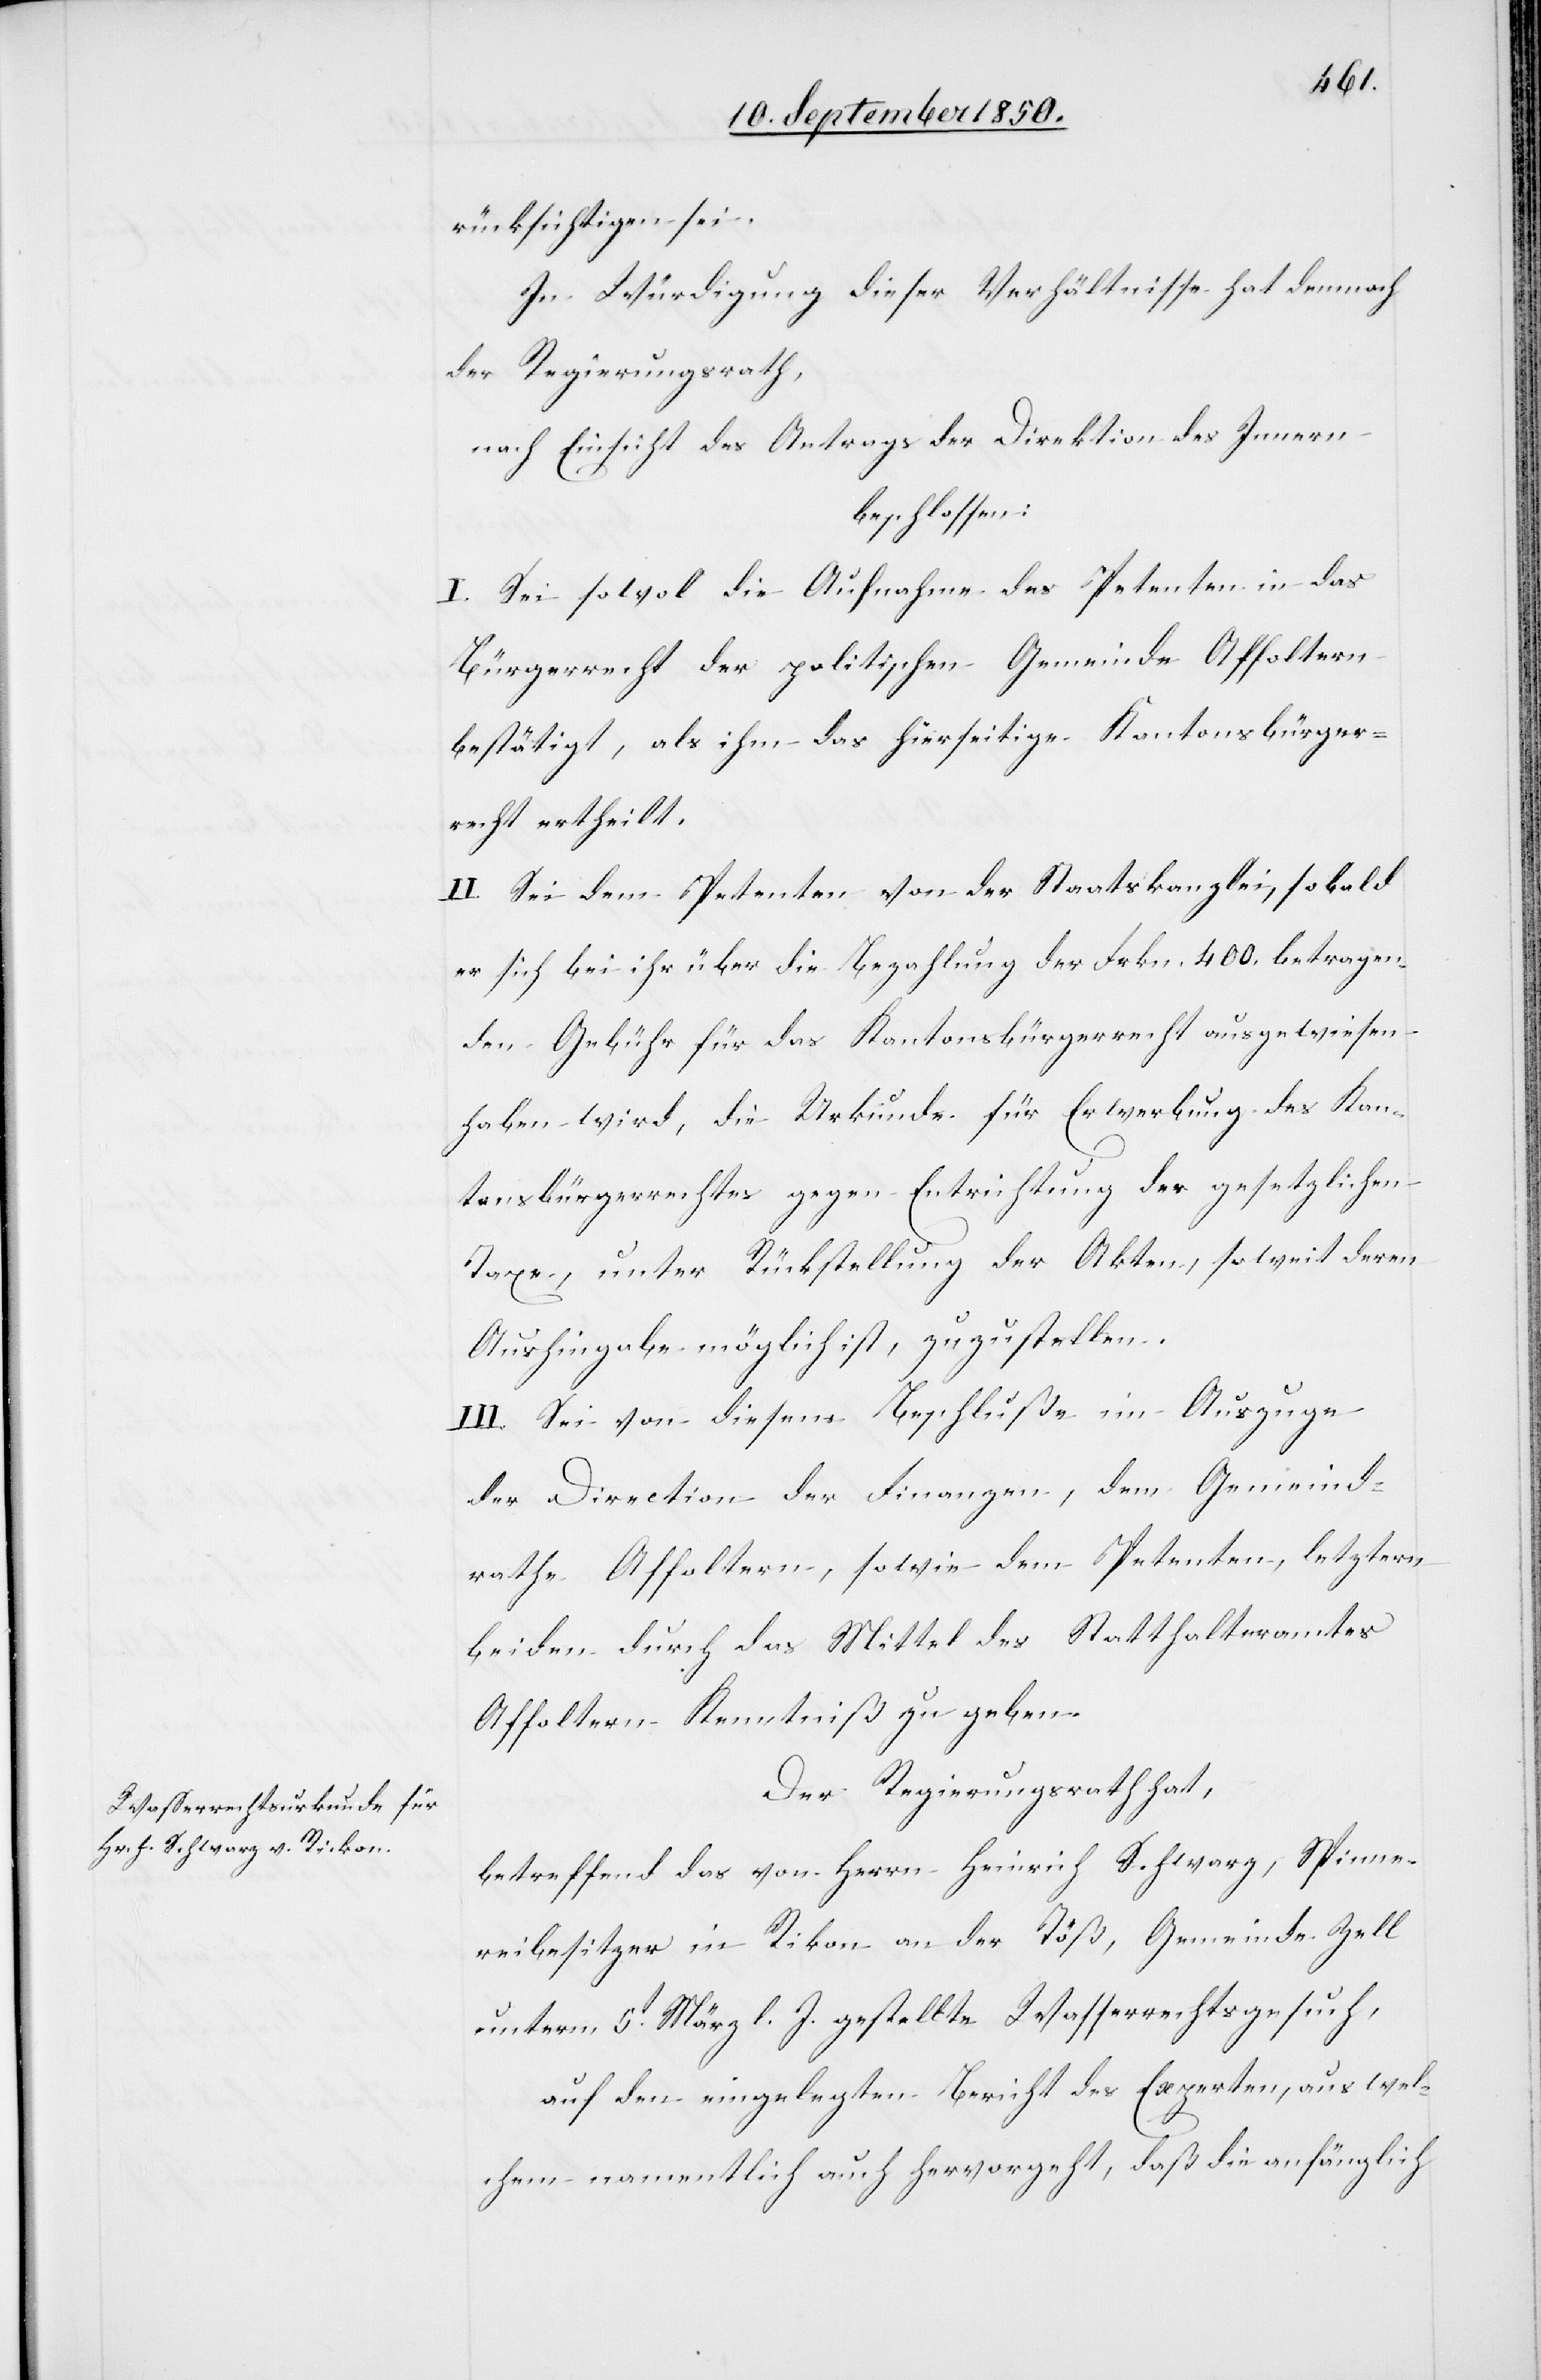
rücksichtigen sei.
In Würdigung dieser Verhältnisse hat demnach
der Regierungsrath,
nach Einsicht eines Antrages der Direktion des Innern
beschlossen:
I. Sei sowol die Aufnahme des Petenten in das
Bürgerrecht der politischen Gemeinde Affoltern
bestätigt, als ihm das hierseitige Kantonsbürger¬
recht ertheilt.
II. Sei dem Petenten von der Staatskanzlei, sobald
er sich bei ihr über die Bezahlung der Frkn. 400. betragen¬
den Gebühr für das Kantonsbürgerrecht ausgewiesen
haben wird, die Urkunde für Erwerbung des Kan¬
tonsbürgerrechtes gegen Entrichtung der gesetzlichen
Taxe, unter Rückstellung der Akten, so weit deren
Aushingabe möglich ist, zuzustellen.
III. Sei von diesem Beschluße im Auszuge
der Direction der Finanzen, dem Gemeind¬
rathe Affoltern, sowie dem Petenten, letztern
beiden durch das Mittel des Statthalteramtes
Affoltern Kenntniß zu geben.
Der Regierungsrath hat,
betreffend das von Herrn Heinrich Schwarz, Spinne¬
reibesitzer in Rikon an der Töß, Gemeinde Zell
unterm 5t März l. J. gestellte Wasserrechtsgesuch,
auf den eingelegten Bericht des Experten, aus wel¬
chem namentlich auch hervorgeht, daß die anfänglich